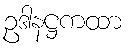
ဥဒါနဋ္ဌကထာ